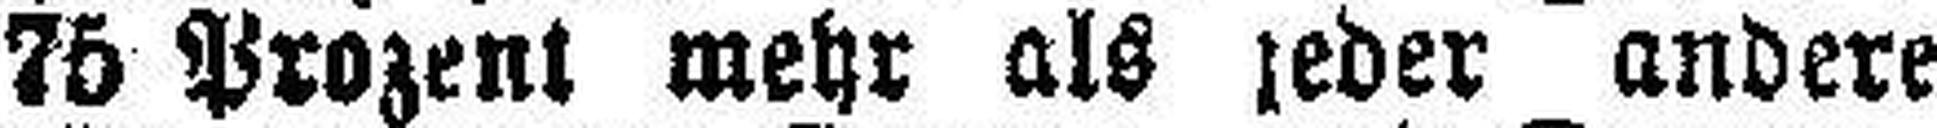
75 Prozent mehr als jeder andere